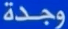
وجدة